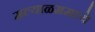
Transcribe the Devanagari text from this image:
मल्याळममध्ये